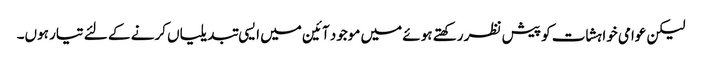
لیکن عوامی خواہشات کو پیش نظر رکھتے ہوئے میں موجود آئین میں ایسی تبدیلیاں کرنے کے لئے تیار ہوں۔